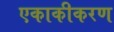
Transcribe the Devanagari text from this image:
एकाकीकरण